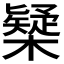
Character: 𣝆